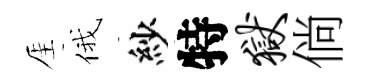
厓俄紗特狱倘